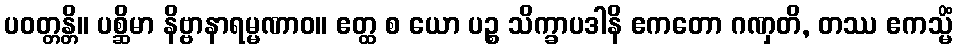
ပဝတ္တန္တိ။ ပစ္ဆိမာ နိဗ္ဗာနာရမ္မဏာဝ။ ဧတ္ထ စ ယော ပဉ္စ သိက္ခာပဒါနိ ဧကတော ဂဏှတိ, တဿ ဧကသ္မိံ